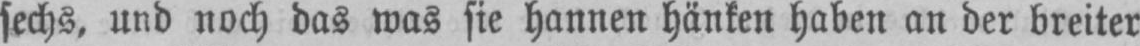
sechs, und noch das was sie hannen hänken haben an der breiter